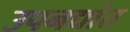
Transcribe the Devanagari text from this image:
उपनद्यांत